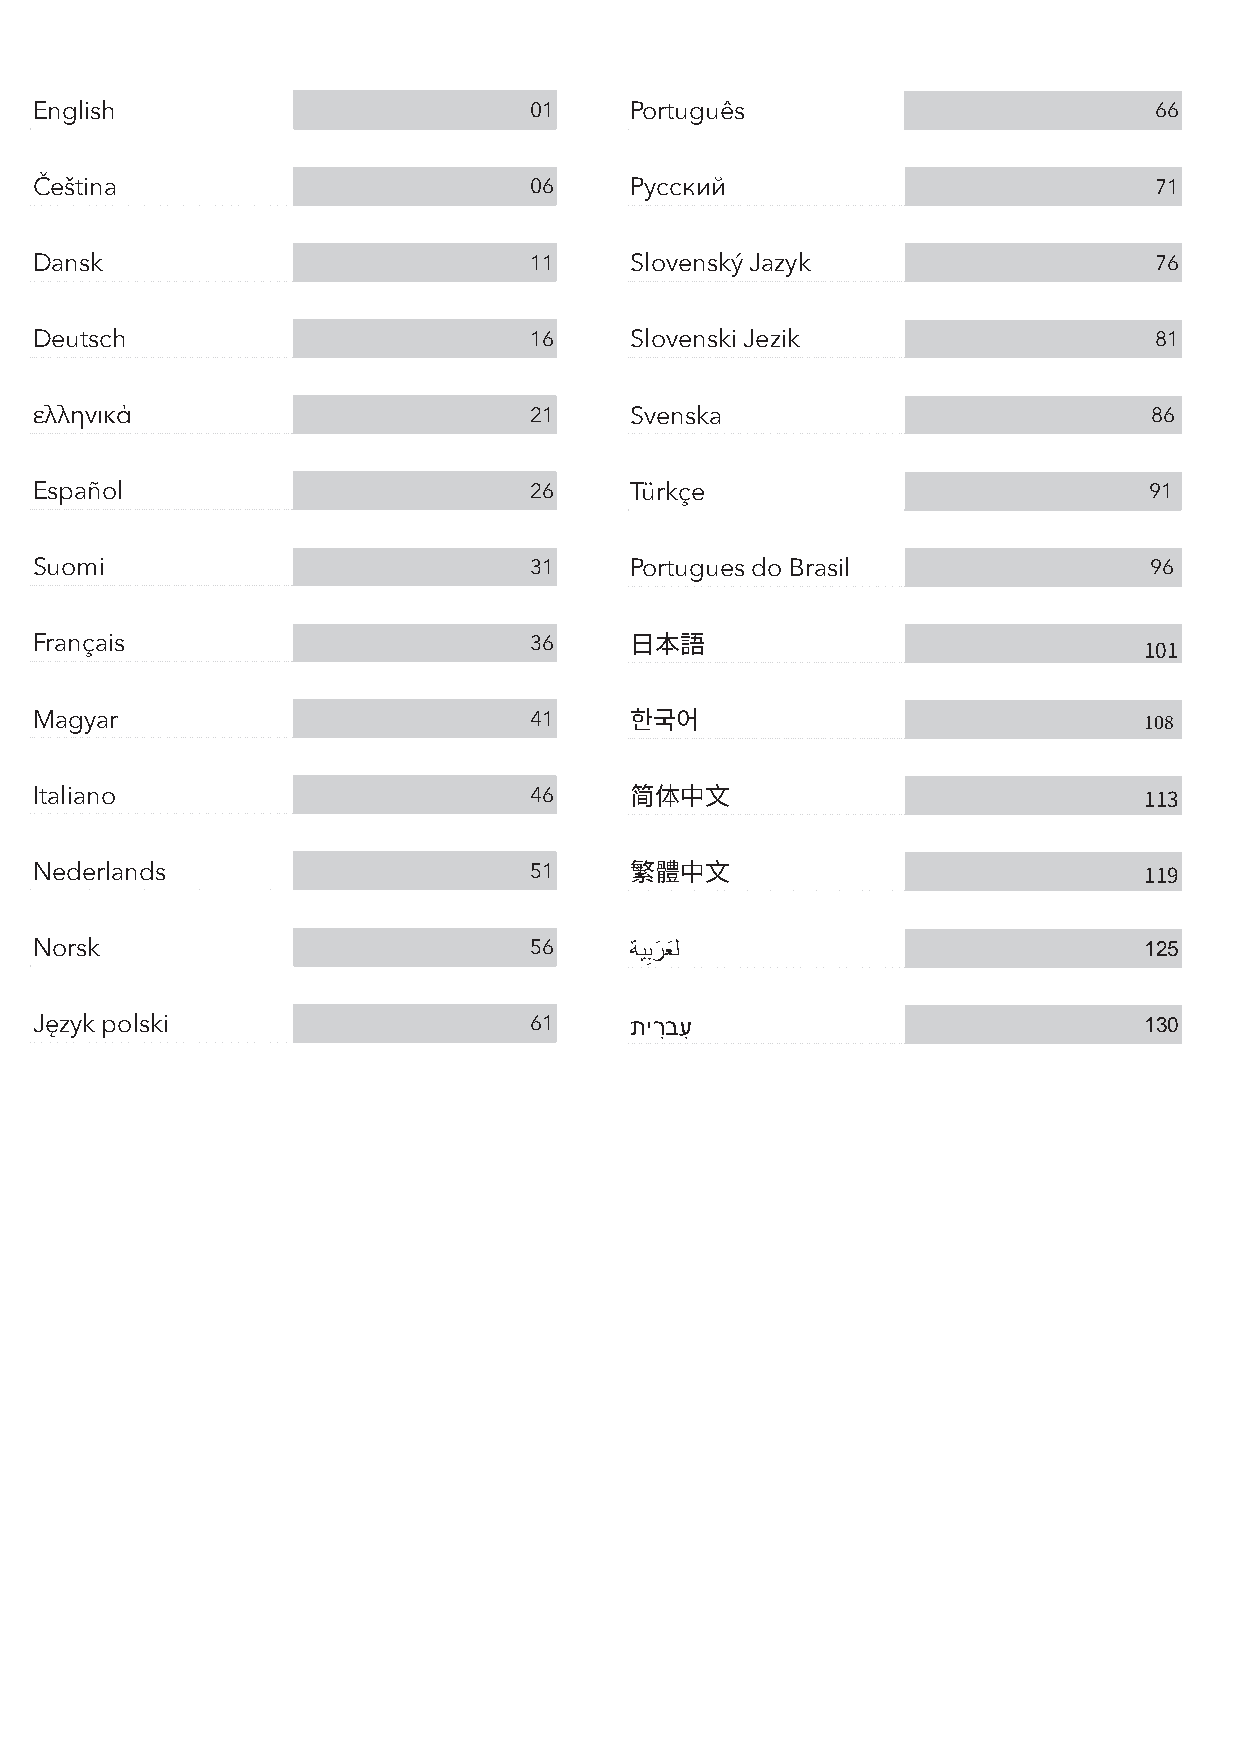
English                          01     Português                         66
 Čeština                          06     Pусский                           71
 Dansk                            11     Slovenský Jazyk                   76
 Deutsch                          16     Slovenski Jezik                   81
 ελληνικά                         21     Svenska                           86
 Español                          26     Türkçe                            91
 Suomi                            31     Portugues do Brasil               96
 Français                         36
 日本語                               101
 Magyar                           41                                       108
 한국어
 Italiano                         46
 简体中文                              113
 Nederlands                       51
 繁體中文                              119
 Norsk                            56     ةيبِرَ عَ ل                       125
 Język polski                     61     תירִ בעִ                          130